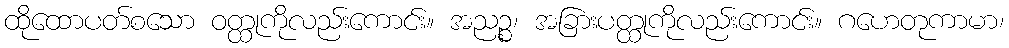
ထိုထောပတ်စသော ဝတ္ထုကိုလည်းကောင်း။ အညဉ္စ၊ အခြားပတ္ထုကိုလည်းကောင်း။ ဂဟေတုကာမာ၊